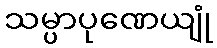
သမ္ပာပုဏေယျုံ